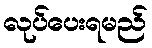
လုပ်ပေးရမည်